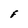
Character: F